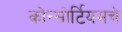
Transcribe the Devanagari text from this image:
कोन्सोर्टियमचे